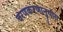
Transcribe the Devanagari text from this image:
चरणकरणानुयोग